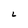
Character: L